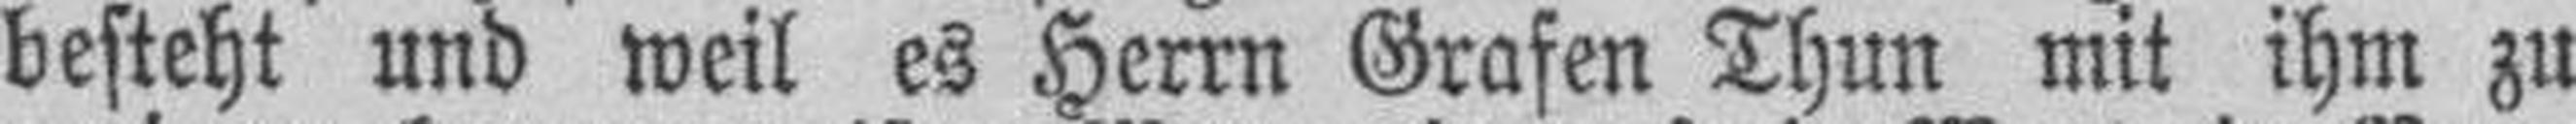
besteht und weil es Herrn Grafen Thun mit ihm zu